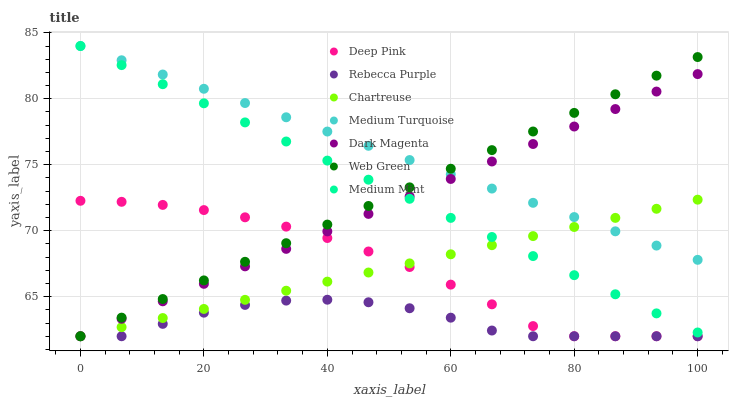
| xaxis_label | Deep Pink | Rebecca Purple | Chartreuse | Medium Turquoise | Dark Magenta | Web Green | Medium Mint |
 | --- | --- | --- | --- | --- | --- | --- | --- |
 | 0 | 72.3 | 62 | 62 | 84 | 62 | 62 | 84 |
 | 6.67 | 72.2 | 62 | 62.7 | 82.9 | 63.3 | 63.4 | 82.6 |
 | 13.3 | 72 | 62.9 | 63.4 | 81.8 | 64.6 | 64.8 | 81.1 |
 | 20 | 71.6 | 63.8 | 64.1 | 80.8 | 66 | 66.2 | 79.7 |
 | 26.7 | 71 | 64.4 | 64.8 | 79.7 | 67.3 | 67.6 | 78.2 |
 | 33.3 | 70.3 | 64.7 | 65.5 | 78.6 | 68.6 | 69.1 | 76.8 |
 | 40 | 69.4 | 64.8 | 66.1 | 77.5 | 69.9 | 70.5 | 75.3 |
 | 46.7 | 68.4 | 64.6 | 66.8 | 76.4 | 71.3 | 71.9 | 73.9 |
 | 53.3 | 67.2 | 64.1 | 67.5 | 75.4 | 72.6 | 73.3 | 72.4 |
 | 60 | 65.9 | 63.4 | 68.2 | 74.3 | 73.9 | 74.7 | 71 |
 | 66.7 | 64.4 | 62.4 | 68.9 | 73.2 | 75.2 | 76.1 | 69.5 |
 | 73.3 | 62.8 | 62 | 69.6 | 72.1 | 76.6 | 77.5 | 68.1 |
 | 80 | 62 | 62 | 70.3 | 71 | 77.9 | 78.9 | 66.6 |
 | 86.7 | 62 | 62 | 71 | 70 | 79.2 | 80.3 | 65.2 |
 | 93.3 | 62 | 62 | 71.7 | 68.9 | 80.5 | 81.8 | 63.7 |
 | 100 | 62 | 62 | 72.4 | 67.8 | 81.9 | 83.2 | 62.3 |